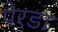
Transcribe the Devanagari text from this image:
पेरडा